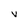
Character: v